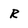
Character: R